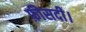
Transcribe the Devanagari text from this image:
फ़ीसदी।